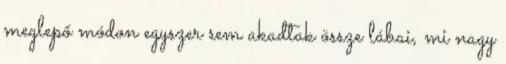
meglepő módon egyszer sem akadtak össze lábai, mi nagy